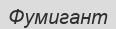
Фумигант